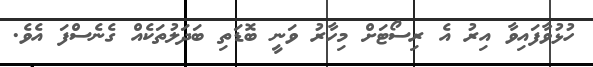
ހުޅުވާފައިވާ އިރު އެ ރިސޯޓަށް މިހާރު ވަނީ ބޮޑަތި ބަދަލުތަކެއް ގެނެސްފަ އެވެ.